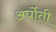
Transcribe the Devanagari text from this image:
अर्घोती